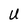
Character: U